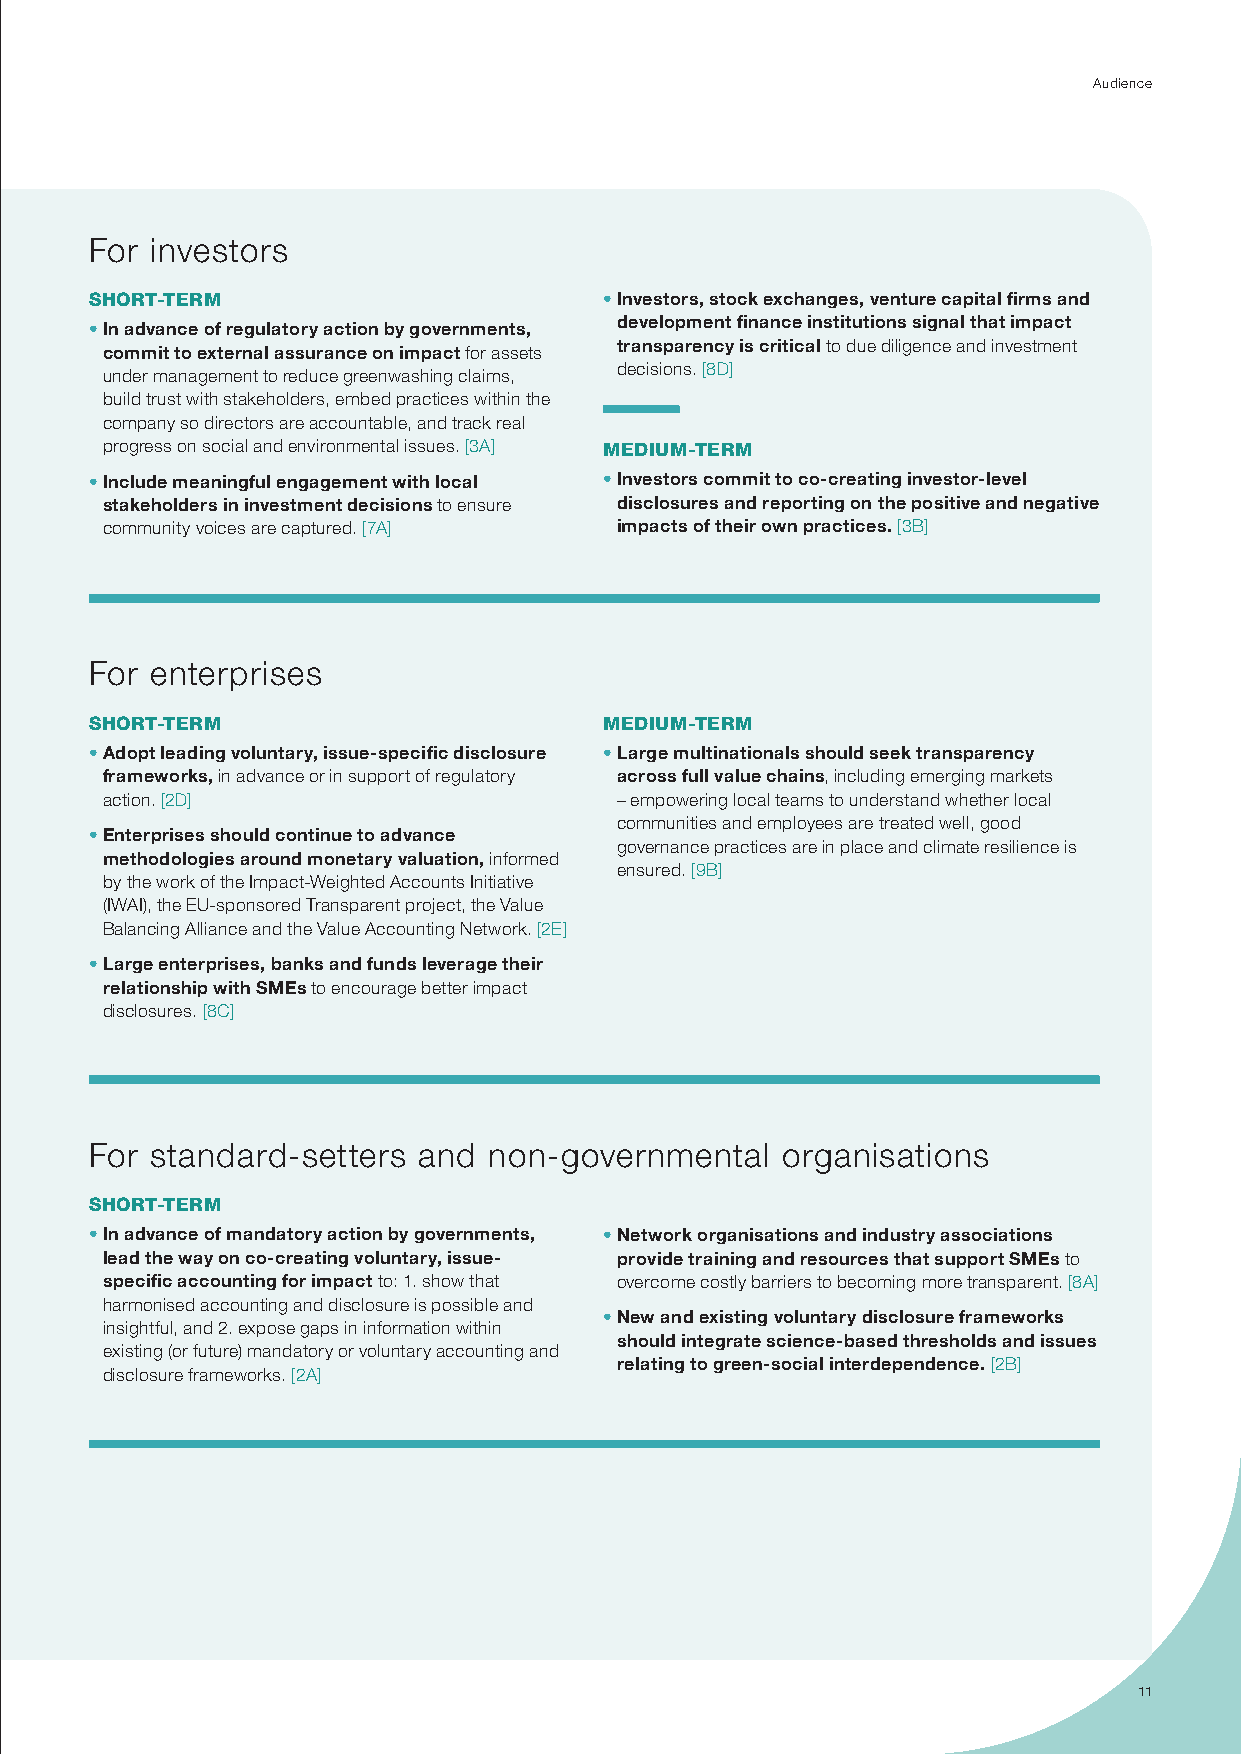
Audience
 For investors
 SHORT-TERM                        • Investors, stock exchanges, venture capital firms and
 development finance institutions signal that impact
 • In advance of regulatory action by governments,
 transparency is critical to due diligence and investment
 commit to external assurance on impact for assets
 decisions. [8D]
 under management to reduce greenwashing claims,
 build trust with stakeholders, embed practices within the
 company so directors are accountable, and track real
 progress on social and environmental issues. [3A] MEDIUM-TERM
 • Include meaningful engagement with local • Investors commit to co-creating investor-level
 stakeholders in investment decisions to ensure disclosures and reporting on the positive and negative
 community voices are captured. [7A] impacts of their own practices. [3B]
 For enterprises
 SHORT-TERM                        MEDIUM-TERM
 • Adopt leading voluntary, issue-specific disclosure • Large multinationals should seek transparency
 frameworks, in advance or in support of regulatory across full value chains, including emerging markets
 action. [2D]                      – empowering local teams to understand whether local
 communities and employees are treated well, good
 • Enterprises should continue to advance
 governance practices are in place and climate resilience is
 methodologies around monetary valuation, informed
 ensured. [9B]
 by the work of the Impact-Weighted Accounts Initiative
 (IWAI), the EU-sponsored Transparent project, the Value
 Balancing Alliance and the Value Accounting Network. [2E]
 • Large enterprises, banks and funds leverage their
 relationship with SMEs to encourage better impact
 disclosures. [8C]
 For standard-setters  and non-governmental    organisations
 SHORT-TERM
 • In advance of mandatory action by governments, • Network organisations and industry associations
 lead the way on co-creating voluntary, issue- provide training and resources that support SMEs to
 specific accounting for impact to: 1. show that overcome costly barriers to becoming more transparent. [8A]
 harmonised accounting and disclosure is possible and
 • New and existing voluntary disclosure frameworks
 insightful, and 2. expose gaps in information within
 should integrate science-based thresholds and issues
 existing (or future) mandatory or voluntary accounting and
 relating to green-social interdependence. [2B]
 disclosure frameworks. [2A]
 11